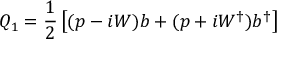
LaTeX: Q _ { 1 } = { \frac { 1 } { 2 } } \left[ ( p - i W ) b + ( p + i W ^ { \dagger } ) b ^ { \dagger } \right]